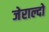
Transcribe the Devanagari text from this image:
जेराल्दो